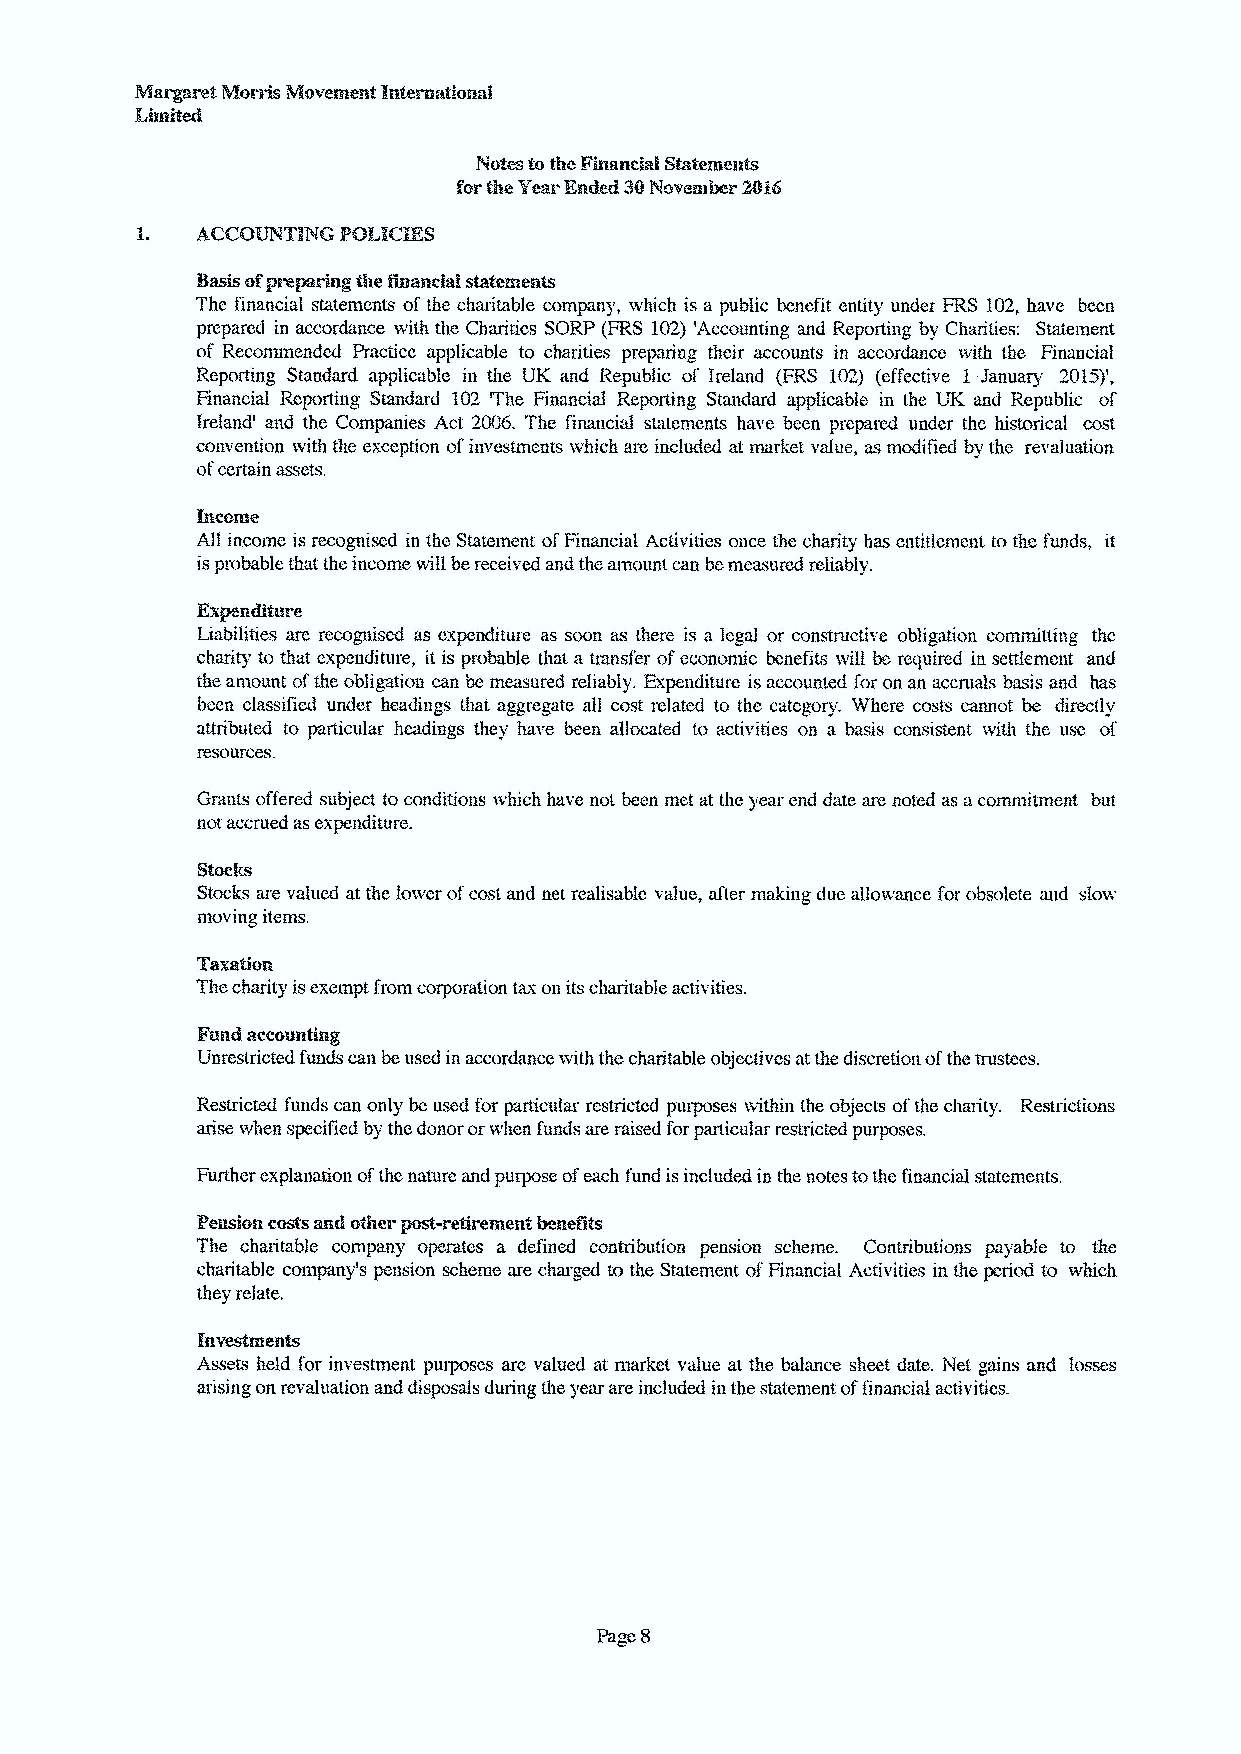
Sasiis ofpreparin &efinancial ~tcmcnts
 The financial statements ofthc charitable company, which is a public benefit entity under FRS 102,have been
 prepared in accordance with the Charities SORP (FRS 102) 'Accounting and Reporting by Charities: Statement
 of Recommended Practice applicable to charities preparing their accounts in accordance with the Financial
 Reporting Standard applicable in the UK and Republic of Ireland (FRS 102) (effective 1 January 2015)'„
 Financial Reporting Standard 102 'The Financial Reporting Standard applicable in the UK and Rcpubhc of
 Ireland' and the Colnpanies Act 2006. The financial statements have been prepared under the historical cost
 convention with the exception ofinvestments which are included at market value, as modified by the revaluation
 ofccltRIBassets.
 income
 All income is recognised in the Statement ofFinancial Activities once the charity has entitlement to the funds, it
 isprobable that the income will bereceived and the amount can be measured reliably.
 K~nditure
 Liabilities are recognised as expenditure as soon as there is a legal or constructive obligation committing the
 charity to that expenditure, it is probable that a tlansfcr ofeconomic benefits will be required in settlement and
 thc RB1ount of'thc oMlgatlon CRBbc measured fcliaMy. Expenditure ls Rccountcd fol' on an Rccluals bRsls Rnd hRs
 been classified under headings that aggregate all cost related to the category. Where costs cannot be directly
 attributed to particula~ headings they have been allocated to activities on a basis consistent vAth the use of
 Grants offered subject to conditions vhich have not been met Rt the year end date are noted as Rcomnlitment but
 not accrued asexpenditure.
 Stocks
 Stocks are valued at the lower ofcost and nct realisable value, after making due allowance for obsolete and slow
 Inovlng 1tCIBS.
 Taxation
 The charity isexempt from corporation tax on its charitable activities.
 Wnd Recounting
 Unrestricted funds can beused in accordance with the charitable objectives atthe discretion ofthe trustees.
 Restricted funds can only be used for particular restricted purposes within the objects ofthe charity. Restrictions
 arise when specified by the donor orwhen funds are raised forparticular restricted purposes.
 Further explanation ofthe nature and purpose ofeach fund isincluded in the notes tothe financial statements.
 Pension costs Rnd other ~-retirement benefits
 The charitable company operates a defined colltribution pension scheme. Contributions payable to the
 charitable company's pension scheme are charged to the Statement ofFinancial Activities in the period to which
 they relate.
 In vestments
 Assets held for investment purposes are valued at market value at the balance sheet date. Net gains and losses
 arising on revaluation and disposals during thc year are included in the statement offinancial activities.